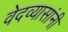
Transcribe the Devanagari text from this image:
वेदव्यासांनी